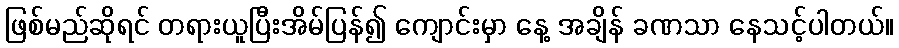
ဖြစ်မည်ဆိုရင် တရားယူပြီးအိမ်ပြန်၍ ကျောင်းမှာ နေ့ အချိန် ခဏသာ နေသင့်ပါတယ်။